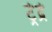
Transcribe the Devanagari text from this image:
ट्रेद्रे